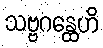
သဗ္ဗဂန္ထေဟိ